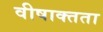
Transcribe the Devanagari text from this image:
वीषाक्तता